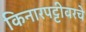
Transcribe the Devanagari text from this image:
किनारपट्टीवरचे